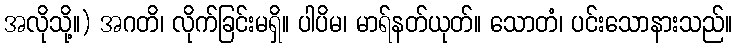
အလိုသို့။) အဂတိ၊ လိုက်ခြင်းမရှိ။ ပါပိမ၊ မာရ်နတ်ယုတ်။ သောတံ၊ ပင်းသောနားသည်။